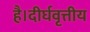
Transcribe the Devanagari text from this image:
है।दीर्घवृत्तीय